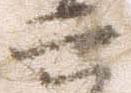
六